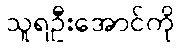
သူရဦးအောင်ကို